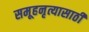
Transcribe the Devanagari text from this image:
समूहनृत्यासाठी